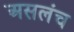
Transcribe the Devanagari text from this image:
असलंच